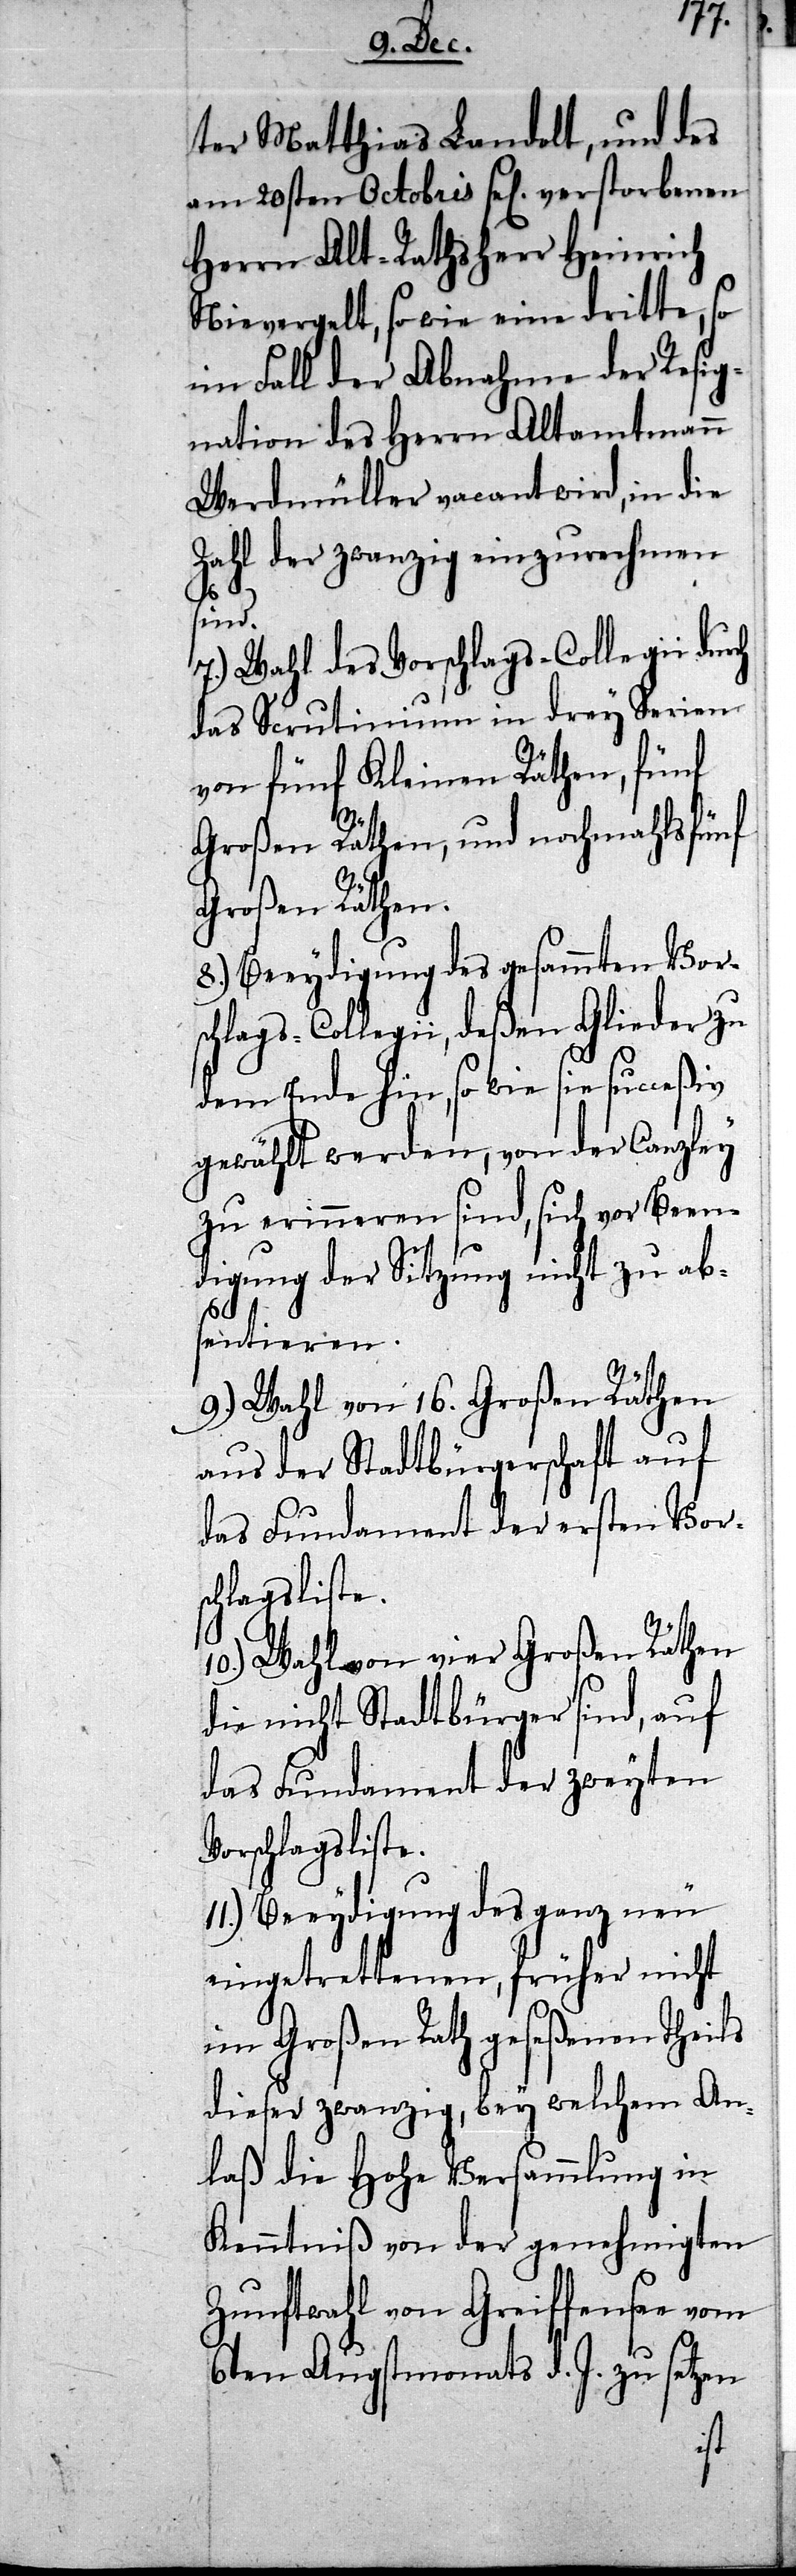
ter Matthias Landolt, und des
am 20sten Octobris sel. verstorbenen
Herrn Alt-Rathsherr Heinrich
Nievergelt, sowie eine dritte, so
im Fall der Abnahme der Resig¬
nation des Herrn Altamtmann
Werdmüller vacant wird, in die
Zahl der zwanzig einzurechnen
sind.
7.) Wahl des Vorschlags-Collegii dur¬
das Scrutinium in drey Serien
von fünf Kleinen Räthen, fünf
Großen Räthen und nochmahls fünf
Großen Räthen.
8.) Beeydigung des gesammten Vors¬
chlags-Collegii, deßen Glieder zu
dem Ende hin, so wie sie succeßiv
gewählt werden, von der Canzley
zu erinneren sind, sich vor Been¬
digung der Sitzung nicht zu abs¬
entieren.
9.) Wahl von 16. Großen Räth¬
aus der Stadtbürgerschaft auf
10.) Wahl von vier Großen Räthen
die nicht Stadtbürger sind, auf
das Fundament der zweyten
Vorschlagsliste.
11.) Beeydigung des ganz neu
eingetrettenen, früher nicht
im Großen Rath geseßenen Theils
dieser zwanzig, bey welchem An¬
laß die Hohe Versammlung in
Kenntniß von der genehmigten
Zunftwahl von Greiffensee vom
6ten Augstmonats d. J. zu setzen
en